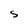
Character: S